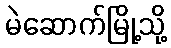
မဲဆောက်မြို့သို့